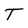
Character: T